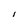
Character: l